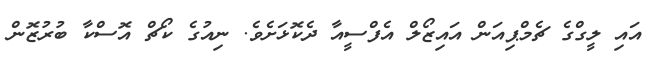
އައި ލީގްގެ ޗެމްޕިއަން އައިޒޯލް އެފްސީއާ ދެކޮޅަށެވެ. ނިއުގެ ކޯޗް އޮސްކާ ބުރުޒޮން